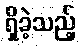
ရှိခဲ့သည့်